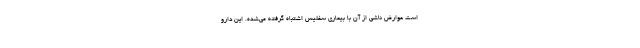
است عوارض ناشی از آن با بیماری سفلیس اشتباه گرفته می‌شده. این دارو